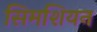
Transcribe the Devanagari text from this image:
सिमशियन